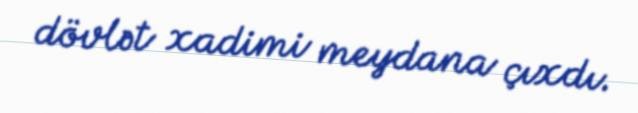
dövlət xadimi meydana çıxdı.